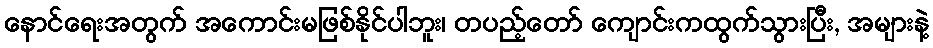
နောင်ရေးအတွက် အကောင်းမဖြစ်နိုင်ပါဘူး၊ တပည့်တော် ကျောင်းကထွက်သွားပြီး, အများနဲ့